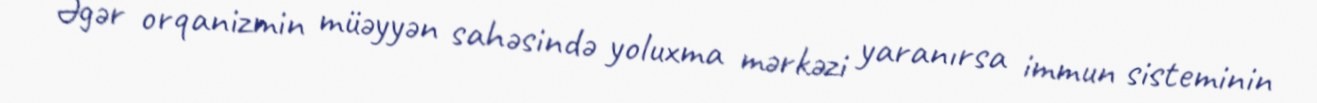
Əgər orqanizmin müəyyən sahəsində yoluxma mərkəzi yaranırsa immun sisteminin